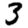
Digit: 3